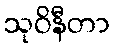
သုဝိနီတာ